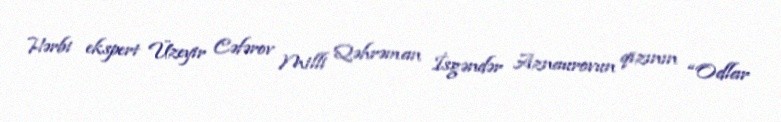
Hərbi ekspert Üzeyir Cəfərov Milli Qəhrəman İsgəndər Aznaurovun qızının “Odlar